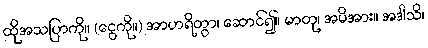
ထိုအသပြာကို။ (ငွေကို။) အာဟရိတွာ၊ ဆောင်၍။ မာတု၊ အမိအား။ အဒါသိ၊